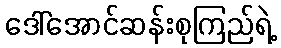
ဒေါ်အောင်ဆန်းစုကြည်ရဲ့